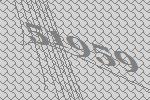
51959